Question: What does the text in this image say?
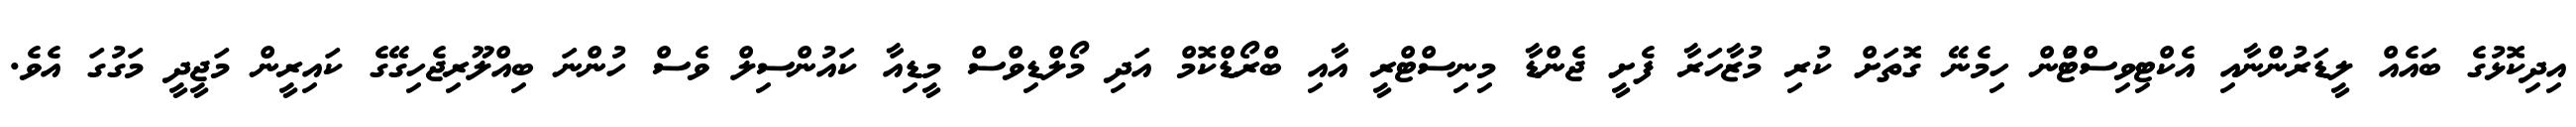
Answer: އިދިކޮޅުގެ ބައެއް ލީޑަރުންނާއި އެކްޓިވިސްޓްުން ހިމެނޭ ގޮތަށް ކުރި މުޒާހަރާ ފެށީ ޖެންޑާ މިނިސްޓްރީ އާއި ބްރޯޑްކޮމް އަދި މޯލްޑިވްސް މީޑިއާ ކައުންސިލް ވެސް ހުންނަ ބިއްލޫރިޖެހިގޭގެ ކައިރީން މަޖީދީ މަގުގަ އެވެ.